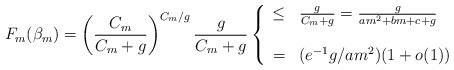
LaTeX: \begin{align*}F_m(\beta _m)=\left( \frac{C_m}{C_m+g}\right) ^{C_m/g}\frac{g}{C_m+g} \left\{ \begin{array}{cl}\leq&\frac{g}{C_m+g}=\frac{g}{am^2+bm+c+g}\\ \\ =&(e^{-1}g/am^2)(1+o(1))\end{array}\right.\end{align*}